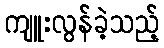
ကျူးလွန်ခဲ့သည့်